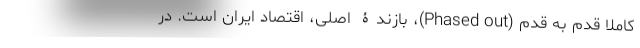
کاملاً قدم به قدم (Phased out)، بازندۀ اصلی، اقتصاد ایران است. در